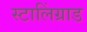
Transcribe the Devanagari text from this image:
स्टालिंग्राड